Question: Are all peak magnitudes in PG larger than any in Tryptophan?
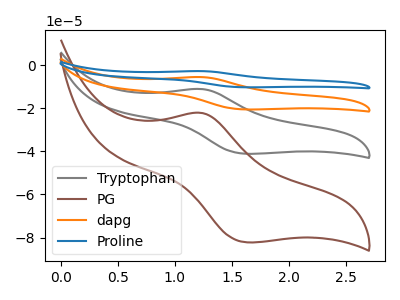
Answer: <think>The gray curve "Tryptophan" has an anodic peak at (1.25V, -11.10uA) and a cathodic peak at (1.65V, -41.15uA). The brown curve "PG" has an anodic peak at (1.25V, -22.20uA) and a cathodic peak at (1.65V, -82.25uA). The orange curve "dapg" has an anodic peak at (1.25V, -22.20uA) and a cathodic peak at (1.65V, -82.30uA). The blue curve "Proline" has an anodic peak at (1.25V, -33.30uA) and a cathodic peak at (1.65V, -123.45uA).</think>
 <answer>The peaks in "PG" are neither all higher or all lower than the peaks in "Tryptophan".</answer>
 <eval>mixed</eval>